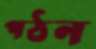
পঠন